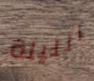
الليلة